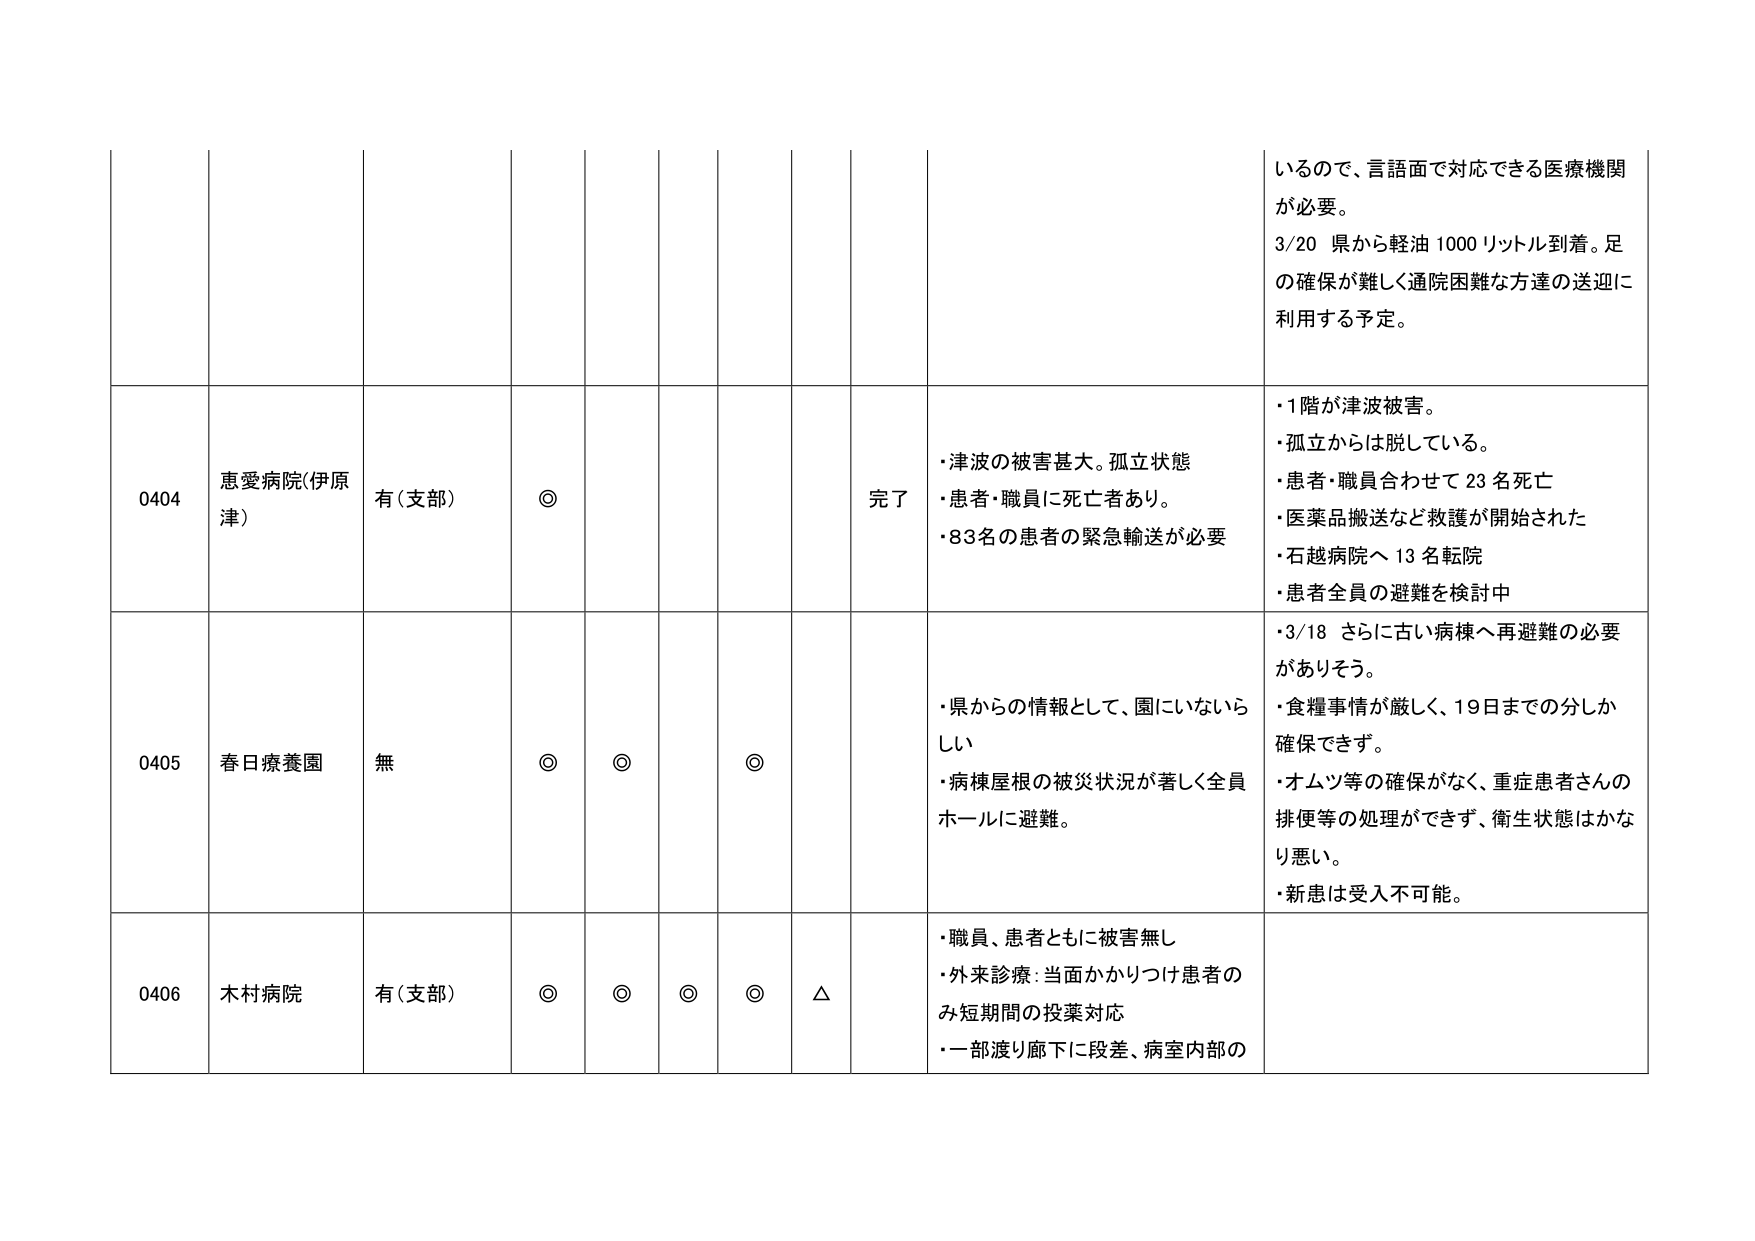
いるので、言語面で対応できる医療機関が必要。
3/20 県から軽油 1000 リットル到着。足の確保が難しく通院困難な方達の送迎に利用する予定。

0404 恵愛病院(伊原津) 有(支部) ◎ 完了
・津波の被害甚大。孤立状態
・患者・職員に死亡者あり。
・83名の患者の緊急輸送が必要
・1階が津波被害。
・孤立からは脱している。
・患者・職員合わせて23名死亡
・医薬品搬送など救護が開始された
・石越病院へ13名転院
・患者全員の避難を検討中

0405 春日療養園 無 ◎ ◎ ◎
・県からの情報として、園にいないらしい
・病棟屋根の被災状況が著しく全員ホールに避難。
・3/18 さらに古い病棟へ再避難の必要がありそう。
・食糧事情が厳しく、19日までの分しか確保できます。
・オムツ等の確保がなく、重症患者さんの排便等の処理ができず、衛生状態はかなり悪い。
・新患は受入不可能。

0406 木村病院 有(支部) ◎ ◎ ◎ ◎ △
・職員、患者ともに被害無し
・外来診療: 当面かかりつけ患者のみ短期間の投薬対応
・一部渡り廊下に段差、病室内部の